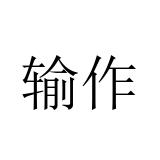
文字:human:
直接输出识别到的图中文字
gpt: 输作